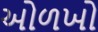
ઓળખો